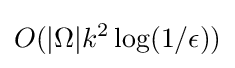
O(|\Omega |k^{2}\log(1/\epsilon ))